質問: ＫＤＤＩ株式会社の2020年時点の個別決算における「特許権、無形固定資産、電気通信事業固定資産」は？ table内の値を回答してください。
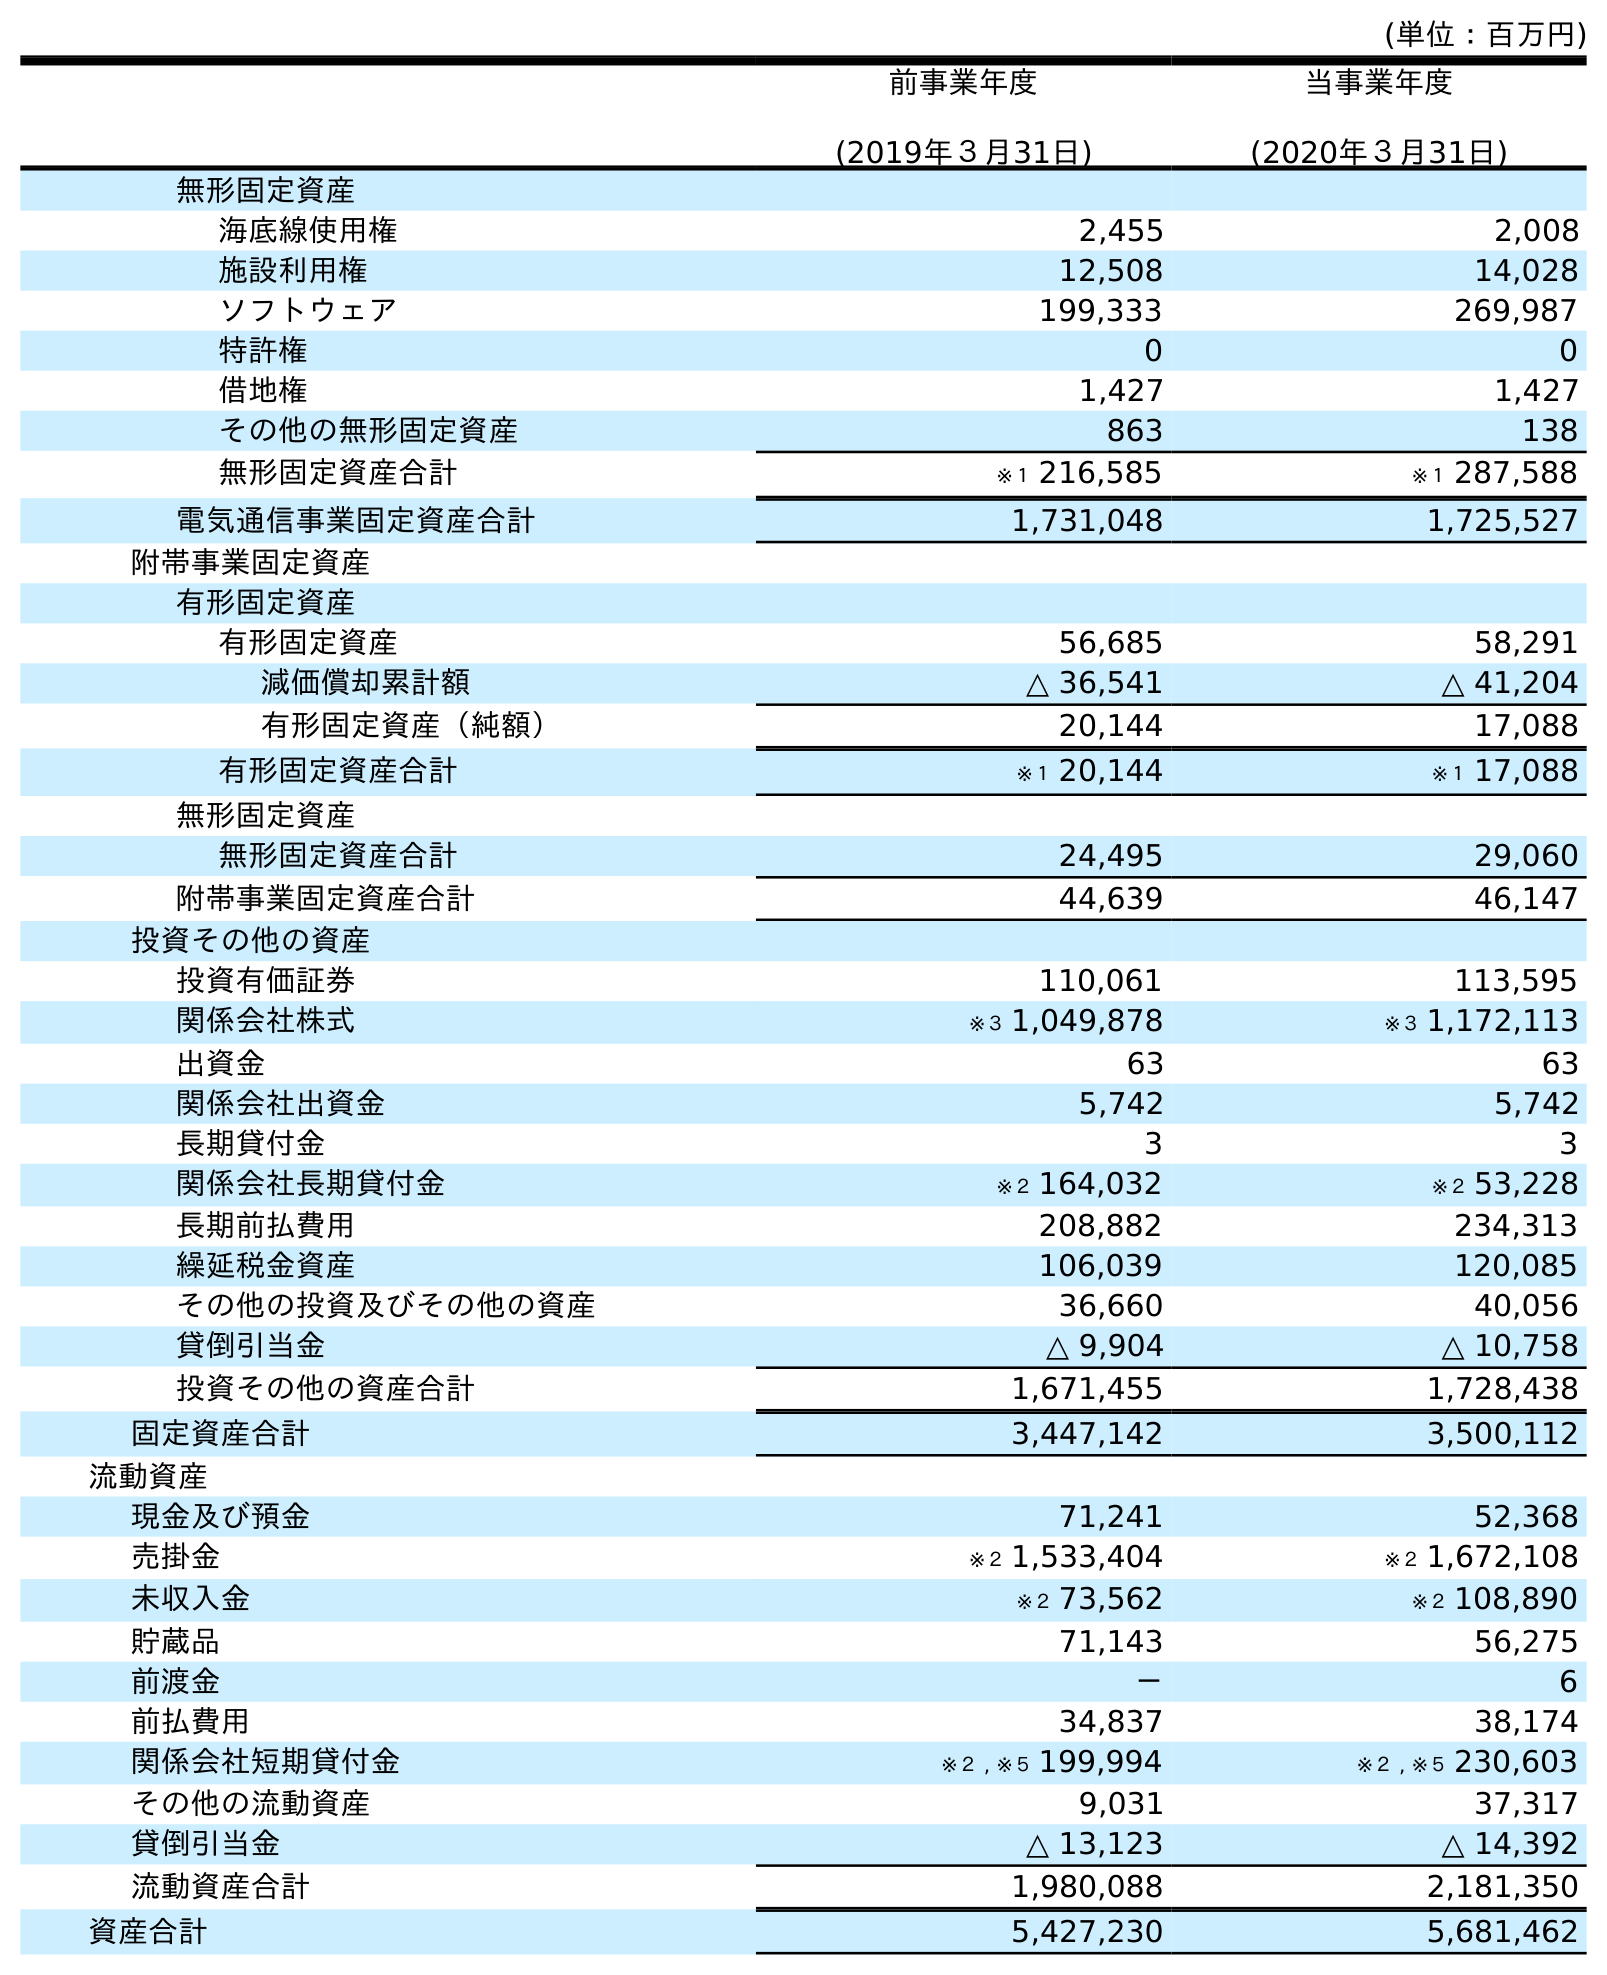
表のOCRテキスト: (単位：百万円) 前事業年度 (2019年３月31日) 当事業年度 (2020年３月31日) 無形固定資産 海底線使用権 2,455 2,008 施設利用権 12,508 14,028 ソフトウェア 199,333 269,987 特許権 0 0 借地権 1,427 1,427 その他の無形固定資産 863 138 無形固定資産合計 ※１ 216,585 ※１ 287,588 電気通信事業固定資産合計 1,731,048 1,725,527 附帯事業固定資産 有形固定資産 有形固定資産 56,685 58,291 減価償却累計額 △ 36,541 △ 41,204 有形固定資産（純額） 20,144 17,088 有形固定資産合計 ※１ 20,144 ※１ 17,088 無形固定資産 無形固定資産合計 24,495 29,060 附帯事業固定資産合計 44,639 46,147 投資その他の資産 投資有価証券 110,061 113,595 関係会社株式 ※３ 1,049,878 ※３ 1,172,113 出資金 63 63 関係会社出資金 5,742 5,742 長期貸付金 3 3 関係会社長期貸付金 ※２ 164,032 ※２ 53,228 長期前払費用 208,882 234,313 繰延税金資産 106,039 120,085 その他の投資及びその他の資産 36,660 40,056 貸倒引当金 △ 9,904 △ 10,758 投資その他の資産合計 1,671,455 1,728,438 固定資産合計 3,447,142 3,500,112 流動資産 現金及び預金 71,241 52,368 売掛金 ※２ 1,533,404 ※２ 1,672,108 未収入金 ※２ 73,562 ※２ 108,890 貯蔵品 71,143 56,275 前渡金 － 6 前払費用 34,837 38,174 関係会社短期貸付金 ※２ , ※５ 199,994 ※２ , ※５ 230,603 その他の流動資産 9,031 37,317 貸倒引当金 △ 13,123 △ 14,392 流動資産合計 1,980,088 2,181,350 資産合計 5,427,230 5,681,462
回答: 0